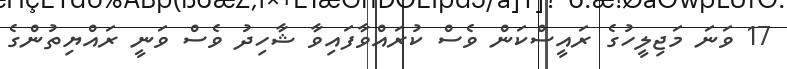
17 ވަނަ މަޖިލީހުގެ ރައީސްކަން ވެސް ކުރައްވާފައިވާ ޝާހިދު ވެސް ވަނީ ރައްޔިތުންގެ